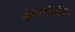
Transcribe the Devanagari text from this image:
शंकरपंतांना